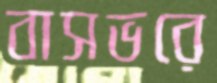
বাসভরে